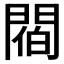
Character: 𨵁